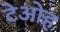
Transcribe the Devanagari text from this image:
टेओह